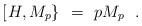
LaTeX: \begin{align*}\left[ \left. H , M_p \right\} \right. \ = \ p M_p\ \ .\end{align*}